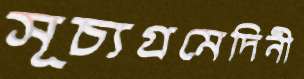
সূচ্যগ্রমেদিনী